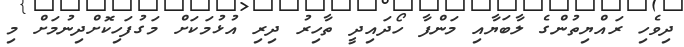
ދިވެހި ރައްޔިތުންގެ ލާބަޔާއި މަންފާ ހޯދައިދީ ތާހިރު ދިރި އުޅުމަކަށް މަގުފަހިކޮށްދިނުމަށް މި